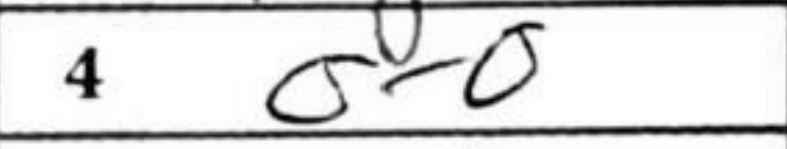
Transcription: O-O